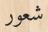
شعور